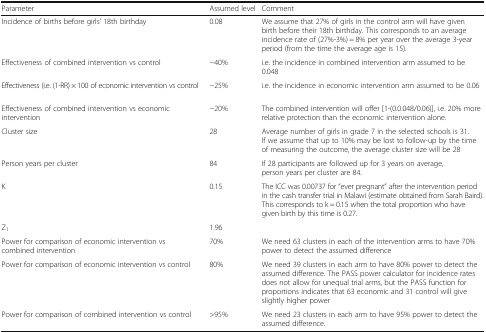
<table><thead><tr><td><b>Parameter</b></td><td><b>Assumed level</b></td><td><b>Comment</b></td></tr></thead><tbody><tr><td>Incidence of births before girls’ 18th birthday</td><td>0.08</td><td>We assume that 27% of girls in the control arm will have given birth before their 18th birthday. This corresponds to an average incidence rate of (27%-3%) = 8% per year over the average 3-year period (from the time the average age is 15).</td></tr><tr><td>Effectiveness of combined intervention vs control</td><td>−40%</td><td>i.e. the incidence in combined intervention arm assumed to be 0.048</td></tr><tr><td>Effectiveness (i.e. (1-RR) × 100 of economic intervention vs control</td><td>−25%</td><td>i.e. the incidence in economic intervention arm assumed to be 0.06</td></tr><tr><td>Effectiveness of combined intervention vs economic intervention</td><td>−20%</td><td>The combined intervention will offer [1-(0.0.048/0.06)], i.e. 20% more relative protection than the economic intervention alone.</td></tr><tr><td>Cluster size</td><td>28</td><td>Average number of girls in grade 7 in the selected schools is 31. If we assume that up to 10% may be lost to follow-up by the time of measuring the outcome, the average cluster size will be 28</td></tr><tr><td>Person years per cluster</td><td>84</td><td>If 28 participants are followed up for 3 years on average, person years per cluster are 84.</td></tr><tr><td>K</td><td>0.15</td><td>The ICC was 0.00737 for “ever pregnant” after the intervention period in the cash transfer trial in Malawi (estimate obtained from Sarah Baird). This corresponds to k = 0.15 when the total proportion who have given birth by this time is 0.27.</td></tr><tr><td>Z<sub>1</sub></td><td>1.96</td><td></td></tr><tr><td>Power for comparison of economic intervention vs combined intervention</td><td>70%</td><td>We need 63 clusters in each of the intervention arms to have 70% power to detect the assumed difference</td></tr><tr><td>Power for comparison of economic intervention vs control</td><td>80%</td><td>We need 39 clusters in each arm to have 80% power to detect the assumed difference. The PASS power calculator for incidence rates does not allow for unequal trial arms, but the PASS function for proportions indicates that 63 economic and 31 control will give slightly higher power</td></tr><tr><td>Power for comparison of combined intervention vs control</td><td>&gt;95%</td><td>We need 23 clusters in each arm to have 95% power to detect the assumed difference.</td></tr></tbody></table>